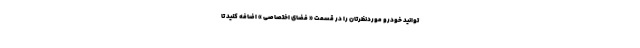
توانید خودرو موردنظرتان را در قسمت « فضای اختصاصی » اضافه کنید تا